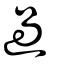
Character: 過